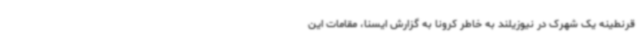
قرنطینه یک شهرک در نیوزیلند به خاطر کرونا به گزارش ایسنا، مقامات این